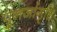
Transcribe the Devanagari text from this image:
पुनर्जागृति